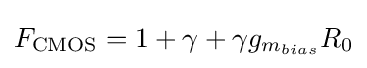
F_{\mathrm {CMOS} }=1+\gamma +\gamma g_{m_{bias}}R_{0}